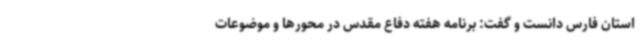
استان فارس دانست و گفت: برنامه هفته دفاع مقدس در محورها و موضوعات